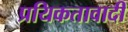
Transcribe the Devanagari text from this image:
प्रयिकतावादी